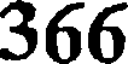
366